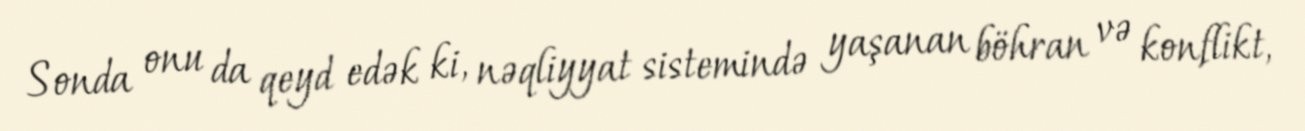
Sonda onu da qeyd edək ki, nəqliyyat sistemində yaşanan böhran və konflikt,